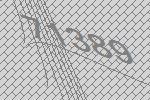
71389